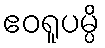
ဧဝရူပမ္ပိ